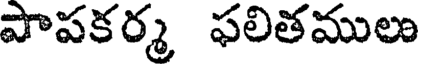
పాపకర్మ ఫలితములు